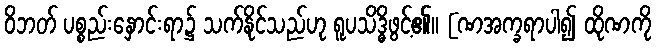
ဝိဘတ် ပစ္စည်းနှောင်းရာ၌ သက်နိုင်သည်ဟု ရူပသိဒ္ဓိဖွင့်၏။ [ဏအက္ခရာပါ၍ ထိုဏကို